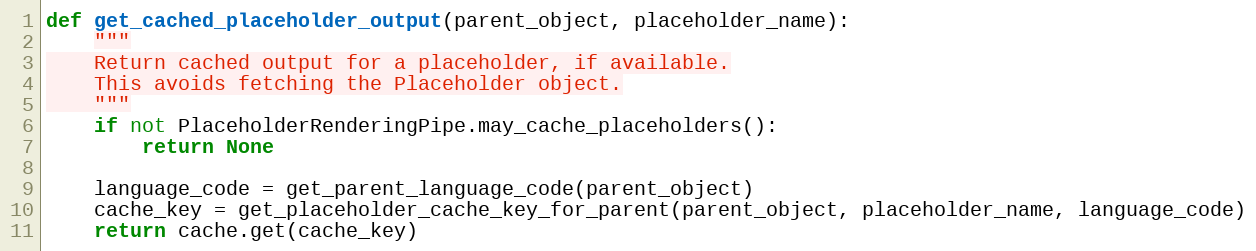
Language: Python
def get_cached_placeholder_output(parent_object, placeholder_name):
    """
    Return cached output for a placeholder, if available.
    This avoids fetching the Placeholder object.
    """
    if not PlaceholderRenderingPipe.may_cache_placeholders():
        return None

    language_code = get_parent_language_code(parent_object)
    cache_key = get_placeholder_cache_key_for_parent(parent_object, placeholder_name, language_code)
    return cache.get(cache_key)